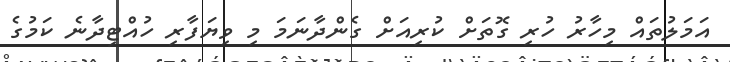
އަމަލުތައް މިހާރު ހުރި ގޮތަށް ކުރިއަށް ގެންދާނަމަ މި ވިޔަފާރި ހުއްޓިދާނެ ކަމުގެ